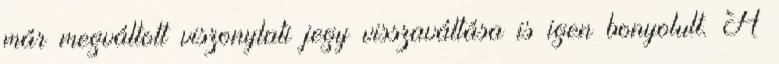
már megváltott viszonylati jegy visszaváltása is igen bonyolult. A